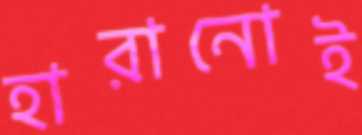
হারানোই